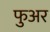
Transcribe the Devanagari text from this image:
फुअर